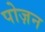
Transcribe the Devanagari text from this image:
पोज़न